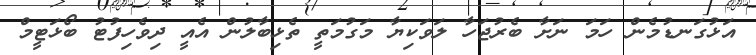
އަޅުގަނޑުމެން ހަމަ ނަށާ ބެރުޖަހާ ލަވަކިޔާ މަގުމަތީ ތެޅިބާލުން އެއީ ދިވެހިފުޓު ބޯޅަޓީމް